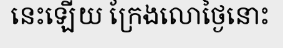
នេះឡើយ ក្រែងលោថ្ងៃនោះ